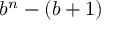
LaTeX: b ^ { n } - ( b + 1 )